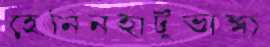
হেনিনহাটুভাঙ্গা